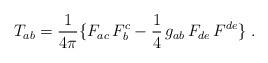
LaTeX: \begin{align*}T_{a b} = {1\over4\pi} \{ F_{ac}\,F^{c}_{ b} - {1\over4}\,g_{ab}\,F_{de}\,F^{de} \} \;.\end{align*}